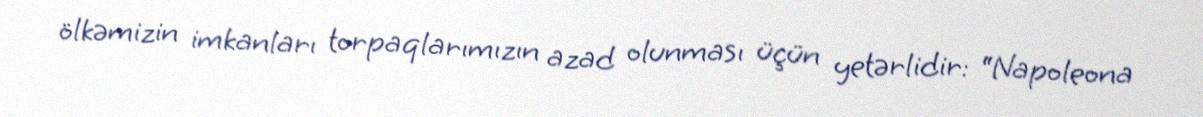
ölkəmizin imkanları torpaqlarımızın azad olunması üçün yetərlidir: “Napoleona